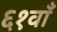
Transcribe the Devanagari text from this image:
६१वाँ